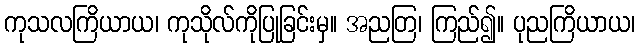
ကုသလကြိယာယ၊ ကုသိုလ်ကိုပြုခြင်းမှ။ အညတြ၊ ကြည်၍။ ပုညကြိယာယ၊